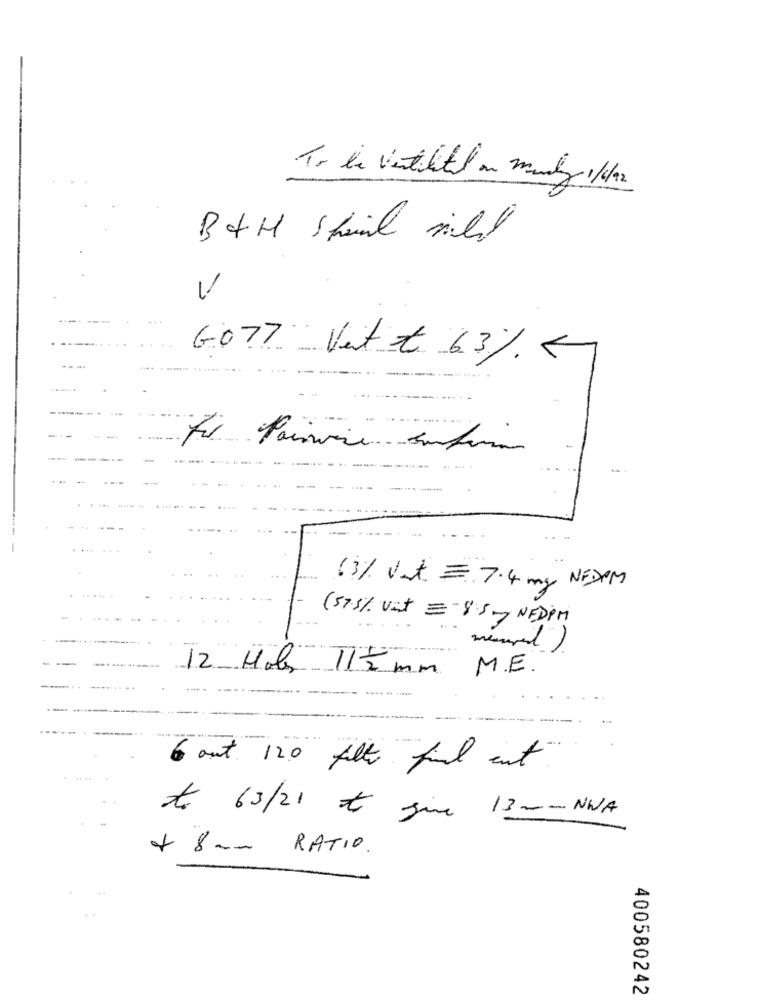
B&H Shand will
6077 Vett 63%5
Le Painvire Sunturar
....
63% Vat. . 7.4 mg NEDPM
. ......
(57.5% vat = - 8.5mg NEDPM
--
M.E.
12 Haber T17 mm
-
6 out 120 filt find ent
to 63/21 at June 13 - NWA
+ 8 am RATIO.
400580242